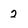
Character: 2